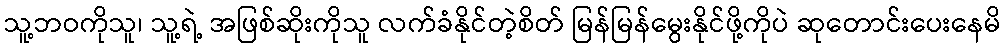
သူ့ဘဝကိုသူ၊ သူ့ရဲ့ အဖြစ်ဆိုးကိုသူ လက်ခံနိုင်တဲ့စိတ် မြန်မြန်မွေးနိုင်ဖို့ကိုပဲ ဆုတောင်းပေးနေမိ